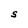
Character: S